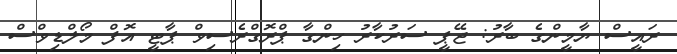
ރައީސް ޔާމީންގެ ބާރު: ޖޭޕީ ސަރުކާރު ހިންގާ ޕްރޮގްރެސިވް ޕާޓީ އޮފް މޯލްޑިވްސް